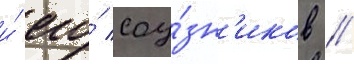
и́ его́ соу́зн'иков /